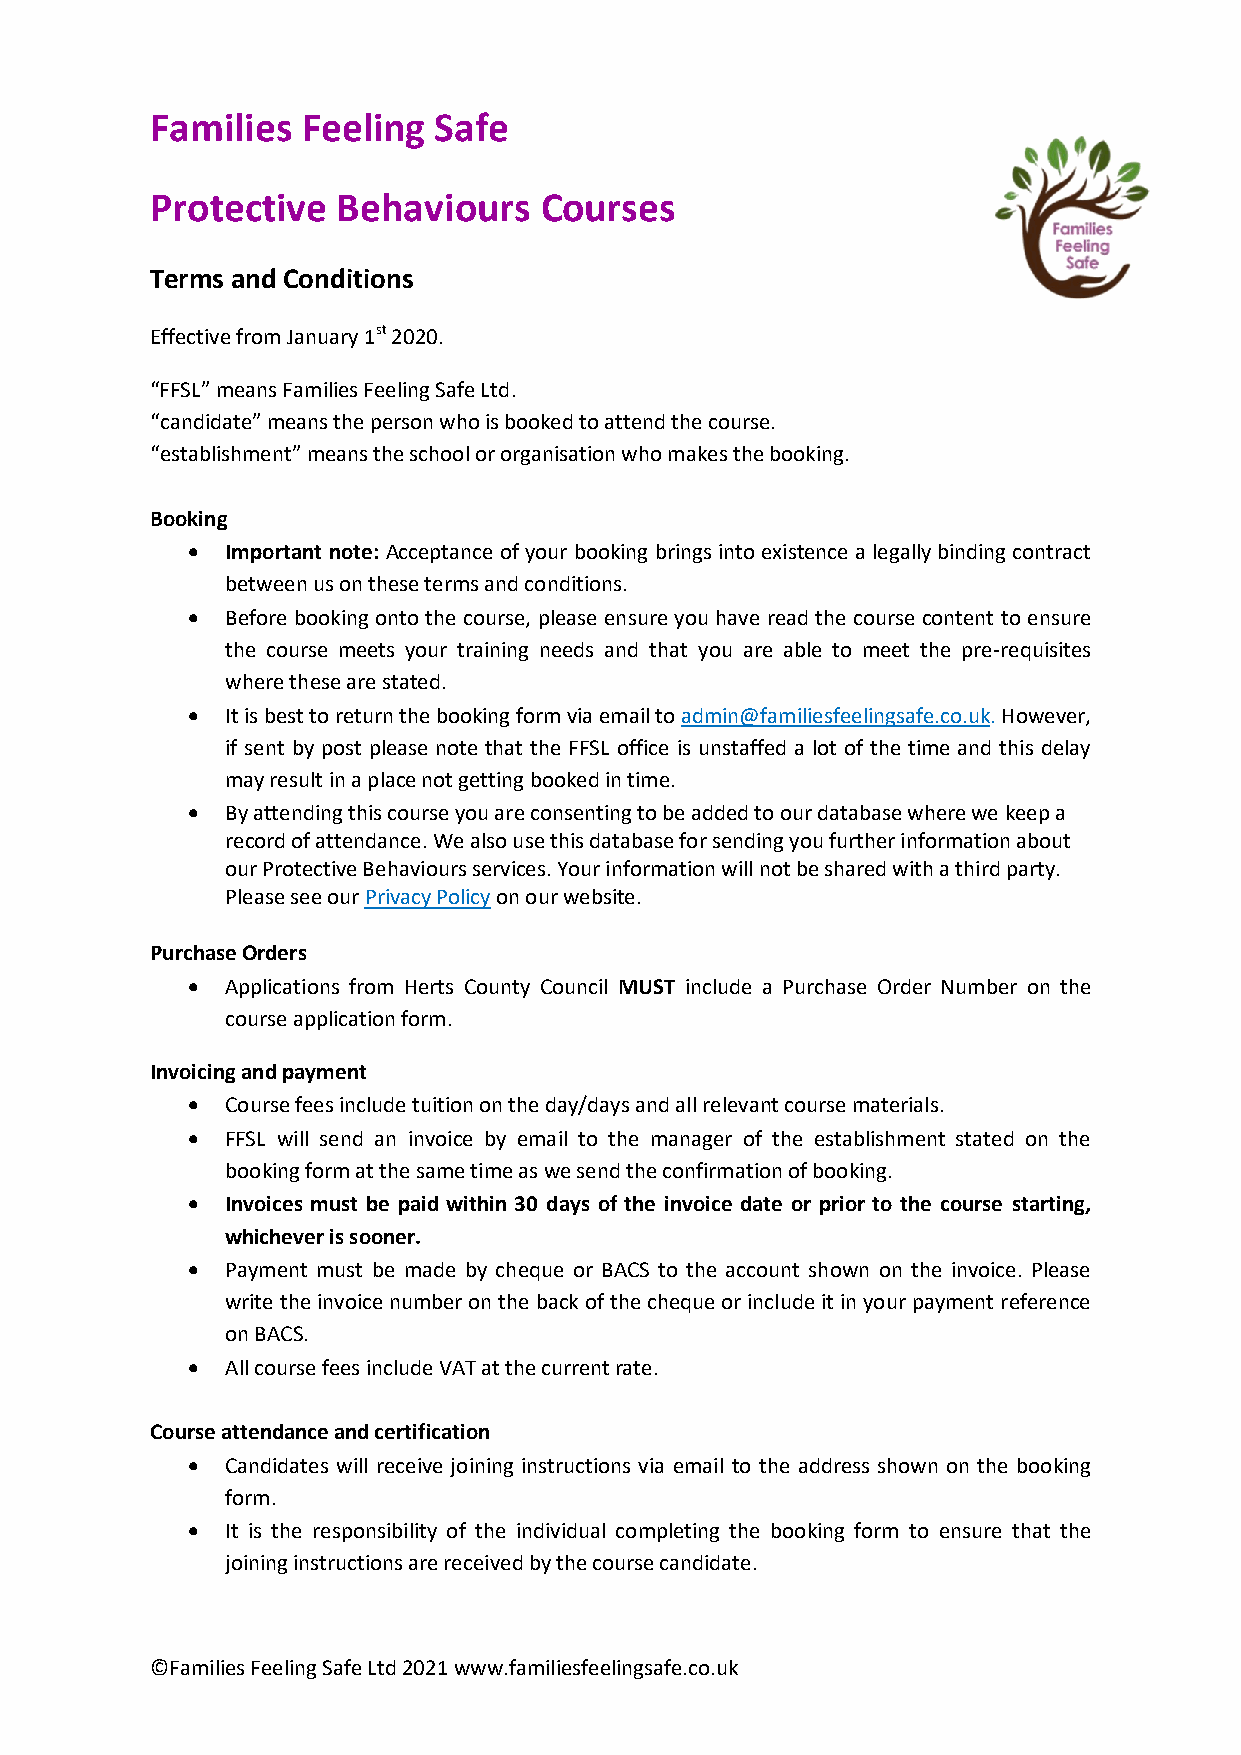
Families  Feeling  Safe
 Protective  Behaviours    Courses
 Terms and Conditions
 Effective from January 1st 2020.
 “FFSL” means Families Feeling Safe Ltd.
 “candidate” means the person who is booked to attend the course.
 “establishment” means the school or organisation who makes the booking.
 Booking
   Important note: Acceptance of your booking brings into existence a legally binding contract
 between us on these terms and conditions.
   Before booking onto the course, please ensure you have read the course content to ensure
 the course meets your training needs and that you are able to meet the pre-requisites
 where these are stated.
   It is best to return the booking form via email to admin@familiesfeelingsafe.co.uk. However,
 if sent by post please note that the FFSL office is unstaffed a lot of the time and this delay
 may result in a place not getting booked in time.
   By attending this course you are consenting to be added to our database where we keep a
 record of attendance. We also use this database for sending you further information about
 our Protective Behaviours services. Your information will not be shared with a third party.
 Please see our Privacy Policy on our website.
 Purchase Orders
   Applications from Herts County Council MUST include a Purchase Order Number on the
 course application form.
 Invoicing and payment
   Course fees include tuition on the day/days and all relevant course materials.
   FFSL will send an invoice by email to the manager of the establishment stated on the
 booking form at the same time as we send the confirmation of booking.
   Invoices must be paid within 30 days of the invoice date or prior to the course starting,
 whichever is sooner.
   Payment must be made by cheque or BACS to the account shown on the invoice. Please
 write the invoice number on the back of the cheque or include it in your payment reference
 on BACS.
   All course fees include VAT at the current rate.
 Course attendance and certification
   Candidates will receive joining instructions via email to the address shown on the booking
 form.
   It is the responsibility of the individual completing the booking form to ensure that the
 joining instructions are received by the course candidate.
 ©Families Feeling Safe Ltd 2021 www.familiesfeelingsafe.co.uk